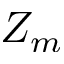
Z _ { m }